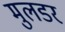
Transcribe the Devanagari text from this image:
मुलडर